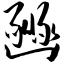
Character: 豳